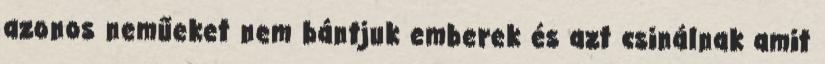
azonos neműeket nem bántjuk emberek és azt csinálnak amit